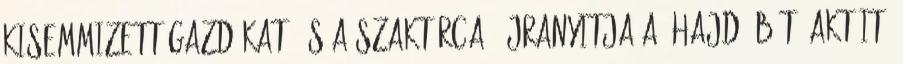
kisemmizett gazdákat, és a szaktárca "újranyitja a 'Hajdú-Bét' aktáit"